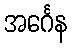
အင်္ဂေန